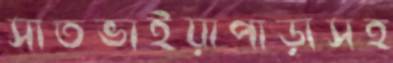
সাতভাইয়াপাড়াসহ